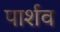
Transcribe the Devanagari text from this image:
पार्शव